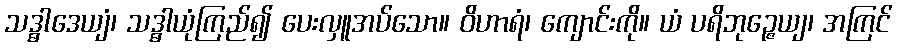
သဒ္ဓါဒေယျံ၊ သဒ္ဓါယုံကြည်၍ ပေးလှူအပ်သော။ ဝိဟာရံ၊ ကျောင်းကို။ ယံ ပရိဘုဉ္ဇေယျ၊ အကြင်